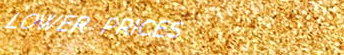
LOWER PRICES